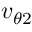
v _ { \theta 2 }